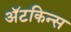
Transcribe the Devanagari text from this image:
अॅटकिन्स